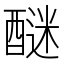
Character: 醚